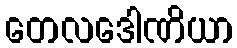
တေလဒေါဏိယာ